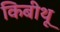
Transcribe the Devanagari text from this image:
किबीथू